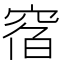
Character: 𥦇